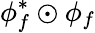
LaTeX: \phi_{f}^{*}\odot\phi_{f}